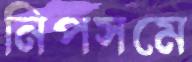
নিপসমে